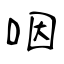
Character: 咽